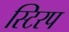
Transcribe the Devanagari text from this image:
स्टिरप